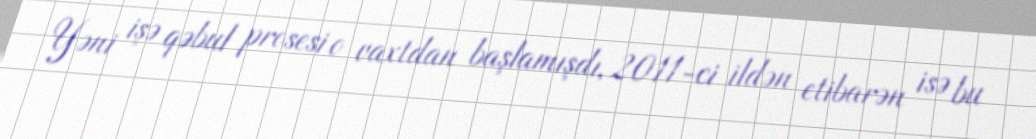
Yəni işə qəbul prosesi o vaxtdan başlamışdı, 2011-ci ildən etibarən isə bu